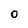
Character: O